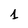
Character: 1